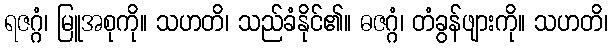
ရဇဂ္ဂံ၊ မြူအစုကို။ သဟတိ၊ သည်ခံနိုင်၏။ ဓဇဂ္ဂံ၊ တံခွန်ဖျားကို။ သဟတိ၊